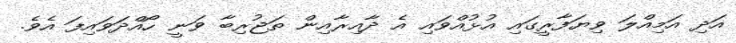
އަދި އަމިއްލަ ވިޔަފާރީގައި އުޅުއްވައި އެ ދާއިރާއިން ތަޖުރިބާ ވަނީ ހޯއްދަވައިފަ އެވެ.